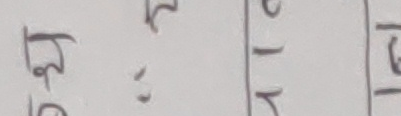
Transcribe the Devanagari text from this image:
उहाँको